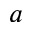
a